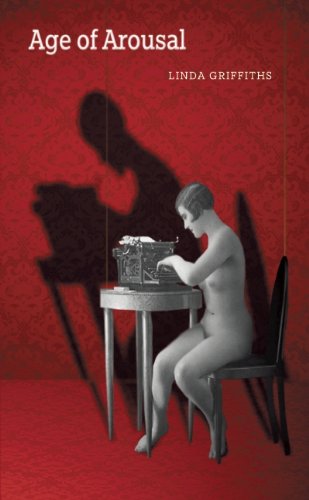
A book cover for Age of Arousal; Linda Griffiths; Literature & Fiction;